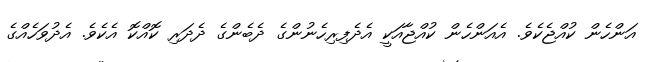
އަންހެން ކުއްޖެކެވެ. އެއަންހެން ކުއްޖާއަކީ އެދެފިރިހެނުންގެ ދެބެންގެ ދެދަރި ކޮއްކޮ އެކެވެ. އެދުވަހެއްގެ